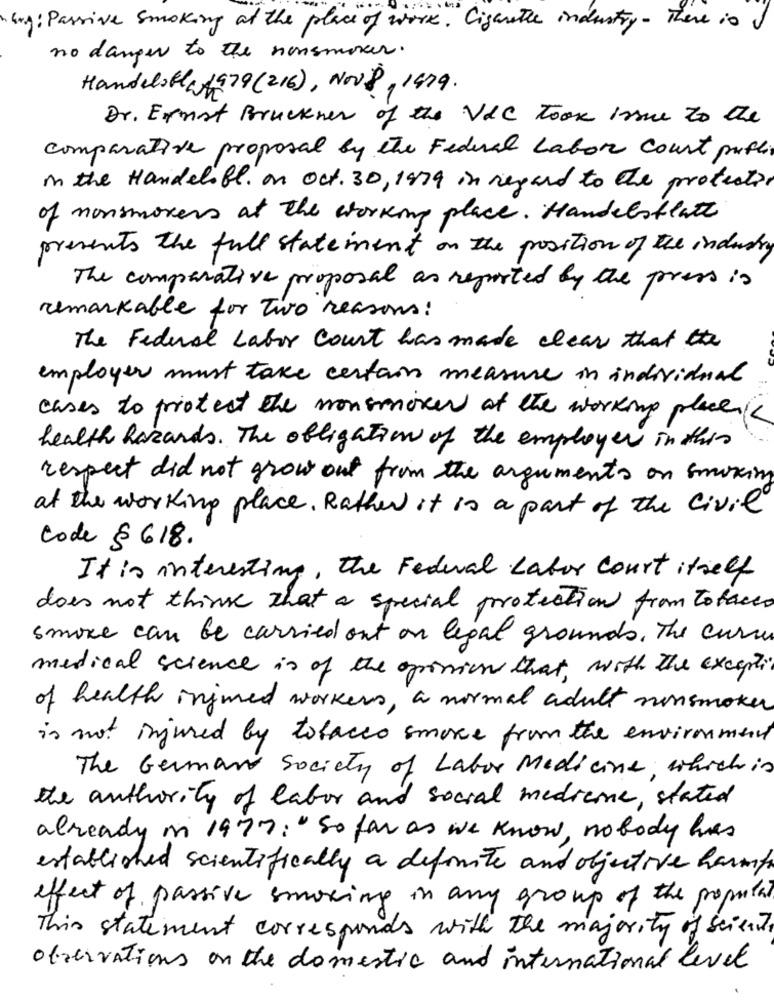
bug: Passive Smoking at the place of work. Cigarette industry - There is I
no danger to the nonsmoker.
Handelsblat979 (216), NOV 8, 1479.
Dr. Ernst Bruckner of the VLC took issue to the
comparative proposal by the Federal Labor Court putti
in the Handeloff. on Oct. 30, 1979 in regard to the protector
of nonsmokers at the working place. Handelsblatt
presents the full statement on the position of the industry
The comparative proposal as reported by the press is
remarkable for two reasons:
The Federal Labor Court has made clear that the
employer must take certain measure in individual
cases to protect the mouseover at the working placen
health hazards . The obligations of the employer in this
respect did not grow out from the arguments on smoking
at the working place. Rather it is a part of the civil
code § 618.
It is interesting, the Federal Labor Court itself
does not think that a special protection from tobacco
smoke can be carried out on legal grounds . The curse
medical science is of the opinion that, with the exception
of health injmed workers, a normal adult nonsmoker
is not injured by tobacco smoke from the environment
The Germans Society of Labor Medicine, which is
the authority of labor and social medicine, stated
already in 1977: " So far as we know, nobody has
established scientifically a definite and objective harmf
effect of passive smoking in any group of the populat
This statement corresponds with the majority of scient.
observations on the domestic and international level